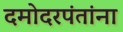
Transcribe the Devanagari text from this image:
दमोदरपंतांना